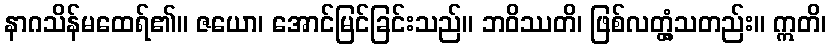
နာဂသိန်မထေရ်၏။ ဇယော၊ အောင်မြင်ခြင်းသည်။ ဘဝိဿတိ၊ ဖြစ်လတ္တံ့သတည်း။ ဣတိ၊